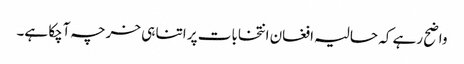
واضح رہے کہ حالیہ افغان انتخابات پر اتنا ہی خرچہ آچکا ہے۔